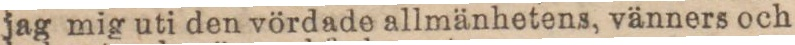
jag mig uti den vördade allmänhetens, vänners och